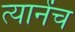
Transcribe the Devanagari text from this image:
त्यानेंच